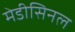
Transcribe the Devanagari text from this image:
मेडीसिनल